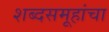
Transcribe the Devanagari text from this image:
शब्दसमूहांचा